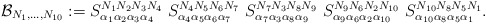
\begin{align*}{\cal B}_{N_1,\ldots,N_{10}} := {S}^{N_1 N_2 N_3 N_4}_{\alpha_1\alpha_2\alpha_3\alpha_4}\ {S}^{N_4 N_5 N_6 N_7}_{\alpha_4\alpha_5\alpha_6\alpha_7}\ {S}^{N_7 N_3 N_8 N_9}_{\alpha_7\alpha_3\alpha_8\alpha_9}\ {S}^{N_9 N_6 N_2 N_{10}}_{\alpha_9\alpha_6\alpha_2\alpha_{10}}\ {S}^{N_{10} N_8 N_5 N_1}_{\alpha_{10}\alpha_8\alpha_5\alpha_1}.\end{align*}